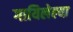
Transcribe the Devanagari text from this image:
गायिलेल्या